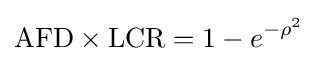
\mathrm {AFD} \times \mathrm {LCR} =1-e^{-\rho ^{2}}